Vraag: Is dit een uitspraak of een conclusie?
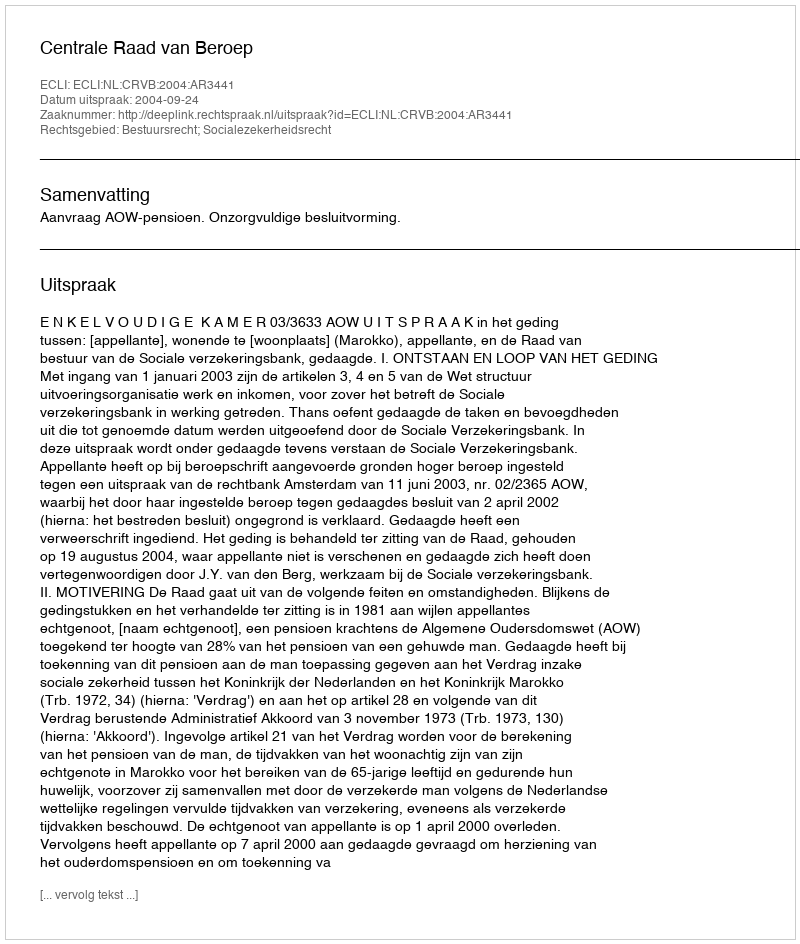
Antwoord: Uitspraak